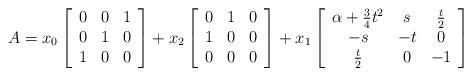
LaTeX: \begin{align*}A=x_0 \left[\begin{array}{ccc} 0&0&1\\ 0&1&0\\ 1&0&0 \end{array}\right]+x_2 \left[\begin{array}{ccc} 0&1&0\\ 1&0&0\\ 0&0&0 \end{array}\right]+x_1 \left[\begin{array}{ccc} \alpha+\frac{3}{4}t^2 & s &\frac{t}{2} \\ -s&-t&0\\ \frac{t}{2} &0&-1 \end{array}\right]\end{align*}